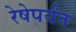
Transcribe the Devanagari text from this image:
रेषेपर्यंत